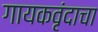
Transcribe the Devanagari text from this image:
गायकवृंदाचा